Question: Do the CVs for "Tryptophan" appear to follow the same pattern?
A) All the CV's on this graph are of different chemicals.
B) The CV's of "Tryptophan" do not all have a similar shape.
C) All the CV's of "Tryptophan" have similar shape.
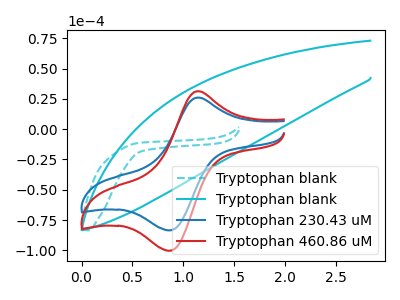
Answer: <think>The cyan dashed curve "Tryptophan blank" has no peaks. The cyan curve "Tryptophan blank" has no peaks. The blue curve "Tryptophan 230.43 uM" has an anodic peak at (1.15V, 26.15uA) and a cathodic peak at (0.85V, -83.45uA). The red curve "Tryptophan 460.86 uM" has an anodic peak at (1.15V, 31.40uA) and a cathodic peak at (0.85V, -100.25uA).
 Neither "Tryptophan blank" or "Tryptophan blank" have any peaks. "Tryptophan blank" and "Tryptophan 230.43 uM" have a different number of peaks. "Tryptophan blank" and "Tryptophan 460.86 uM" have a different number of peaks. "Tryptophan blank" and "Tryptophan 230.43 uM" have a different number of peaks. "Tryptophan blank" and "Tryptophan 460.86 uM" have a different number of peaks. All the peaks in "Tryptophan 230.43 uM" have a peak in "Tryptophan 460.86 uM" at the same potential. Every peak in "Tryptophan 230.43 uM" is lower than every peak in "Tryptophan 460.86 uM".</think>
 <answer>C) All the CV's of "Tryptophan" have similar shape.</answer>
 <eval>C</eval>